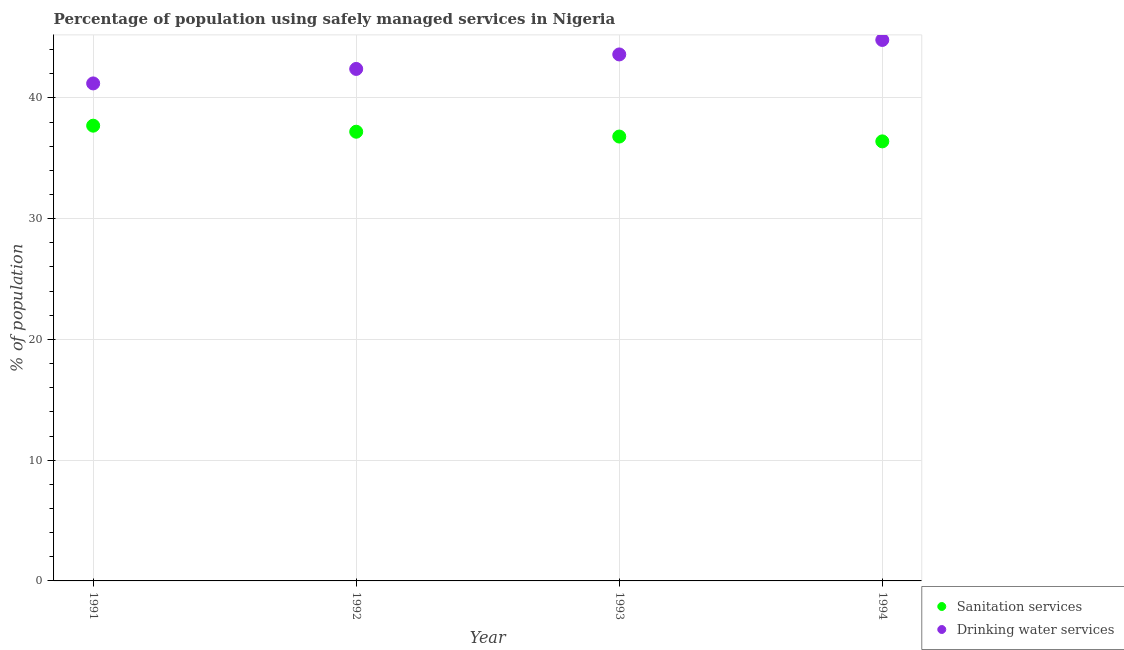
| Year | Sanitation services | Drinking water services |
 | --- | --- | --- |
 | 1991 | 37.7 | 41.2 |
 | 1992 | 37.2 | 42.4 |
 | 1993 | 36.8 | 43.6 |
 | 1994 | 36.4 | 44.8 |